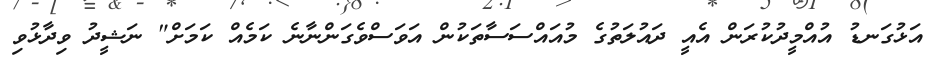
އަޅުގަނޑު އުއްމީދުކުރަން އެއީ ދައުލަތުގެ މުއައްސަސާތަކުން އަވަސްވެގަންނާނެ ކަމެއް ކަމަށް" ނަޝީދު ވިދާޅުވި